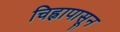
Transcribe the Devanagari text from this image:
चिह्नापासून